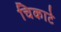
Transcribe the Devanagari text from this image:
चिकाटे